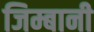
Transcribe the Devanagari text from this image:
जिम्बानी